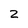
Character: Z